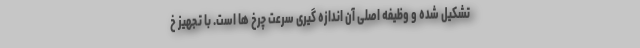
تشکیل شده و وظیفه اصلی آن اندازه گیری سرعت چرخ ها است. با تجهیز خ